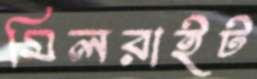
মিলরাইট